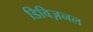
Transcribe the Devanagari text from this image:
डिविज़नल